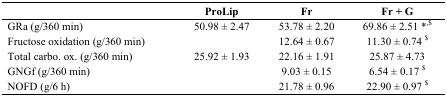
<table><thead><tr><td></td><td><b>ProLip </b></td><td><b>Fr</b></td><td><b>Fr + G</b></td></tr></thead><tbody><tr><td>GRa (g/360 min)</td><td>50.98 ± 2.47</td><td>53.78 ± 2.20</td><td>69.86 ± 2.51 *<sup>,$</sup></td></tr><tr><td>Fructose oxidation (g/360 min)</td><td></td><td>12.64 ± 0.67</td><td>11.30 ± 0.74 <sup>$</sup></td></tr><tr><td>Total carbo. ox. (g/360 min)</td><td>25.92 ± 1.93</td><td>22.16 ± 1.91</td><td>25.87 ± 4.73</td></tr><tr><td>GNGf (g/360 min)</td><td></td><td>9.03 ± 0.15</td><td>6.54 ± 0.17 <sup>$</sup></td></tr><tr><td>NOFD (g/6 h)</td><td></td><td>21.78 ± 0.96</td><td>22.90 ± 0.97 <sup>$</sup></td></tr></tbody></table>